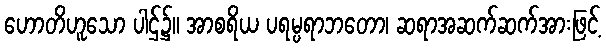
ဟောတိဟူသော ပါဌ်၌။ အာစရိယ ပရမ္ပရာဘတော၊ ဆရာအဆက်ဆက်အားဖြင့်